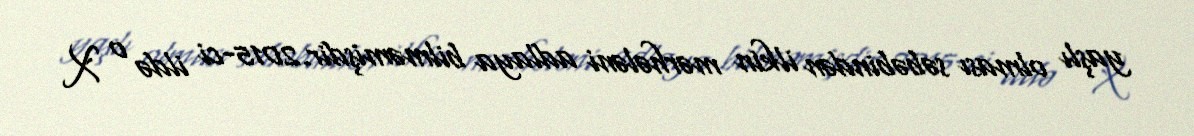
yaşlı olması səbəbindən ilkin mərhələni adlaya bilməmişdir.2015-ci ildə o X